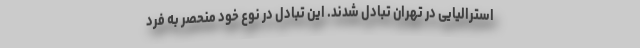
استرالیایی در تهران تبادل شدند. این تبادل در نوع خود منحصر به فرد